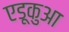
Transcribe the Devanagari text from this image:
एडूकुआ